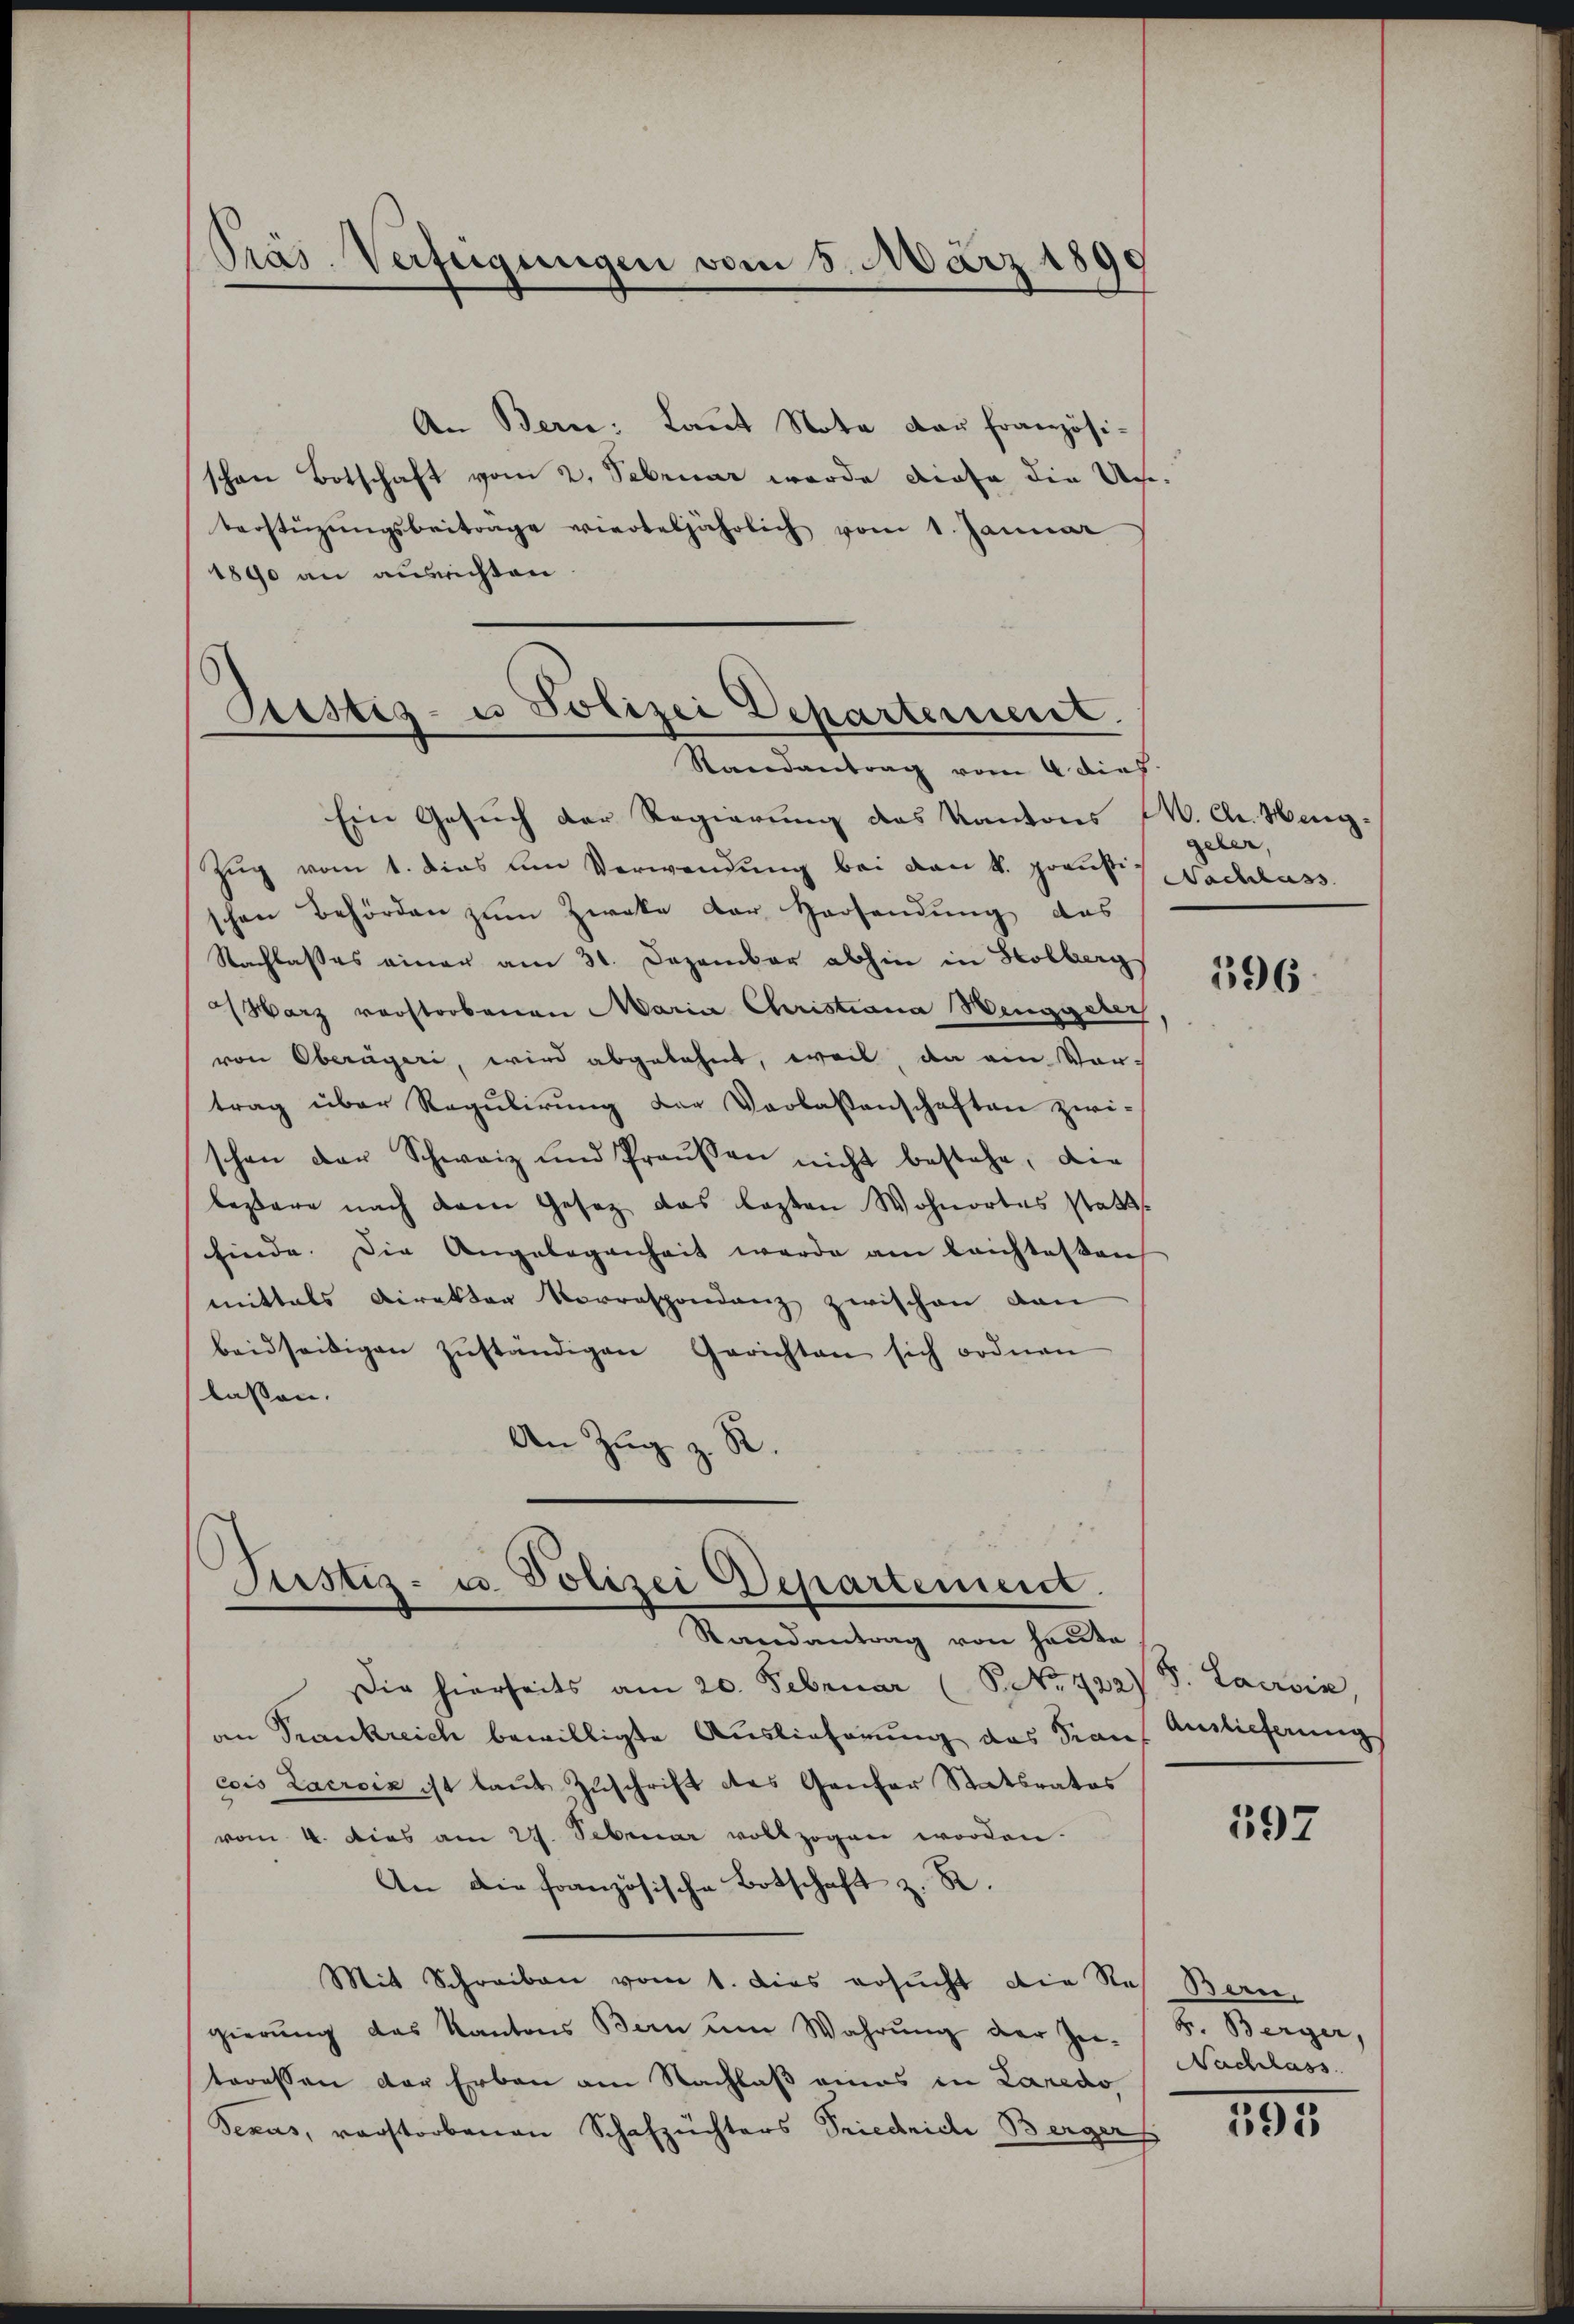
An Bern: Laŭt Nota der französi-
schon Botschaft vom 2. Februar wurde diese die Unverstüzungsbeitrage vierteljährlich vom 1. Januar
1890 an aussichten

Ein Gesuch der Regierung des Kantons (W. Chr. Heng¬
Zŭg vom 1. dies um Verwendŭng bei den k. präŭsti-
schen Behörden zŭm Zweke der Harsendŭng das
Nachlasses einer am 31. Dezember abhin in Holberg
Harz verstorbenen Maria Christiana Henggeler
von Oberägeri, wird abgelehnt, weil, da ein Vor-
trag über Regŭlirŭng der Verlassenschaften zwi-
schon der Schweiz und Praŭsen nicht bestehe, die
lesare nach dem Gesetz das lezten Wohnortes statt
finde. Die Angelegenheit werde am leichtessen
mittals Direktor Vorrespondenz zwischen dan
beidseitigen zŭständigen Gerichten sich ordnen
lassen.
d
An Zŭg z.

Präs. Verfügungen vom 5. März 1890

Prestes- u Polizei Departement.
Randantrag vom 4 dies

Justiz- u. Polizei Departement.
Randantrag von heute

Die hierseits am 20. Februar (P. Nr. 422) S. Lacroix
an Trankreich bewilligte Auslieferung des San
cois Lacroix ist laut Zuschrift des Genfer Statsrates
vom 4. Dies am 27. Sebruar vollzogen worden.
An die französische Botschaft z. R.
Mit Schreiben vom 1. dies ersucht die Res. Bern,
gierŭng das Kantons Bern ŭm Wahrŭng der Zei-
teressen der Erben am Nachlaß eines in Laredo,
Sexus, verstorbenen Schafzuchters Friedriche Bergers

geler,
Nachlass

396.

Auslieferung

592

B. Berger,
Nachlass

395